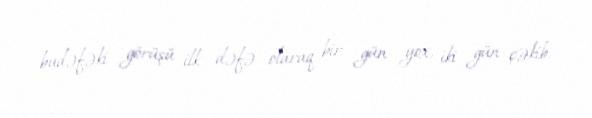
budəfəki görüşü ilk dəfə olaraq bir gün yox, iki gün çəkib.